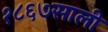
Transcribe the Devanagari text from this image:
१८६७साली